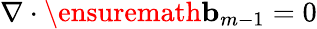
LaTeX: \nabla\cdot\ensuremath{\mathbf{b}}_{m-1}=0